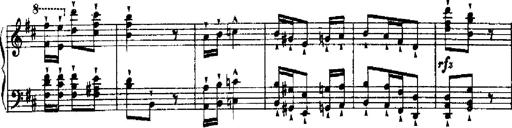
Title: RÃ©miniscences de Robert le diable
Composer: Franz Liszt